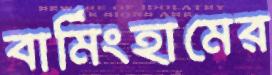
বার্মিংহামের